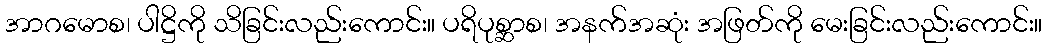
အာဂမောစ၊ ပါဋ္ဌိကို သိခြင်းလည်းကောင်း။ ပရိပုစ္ဆာစ၊ အနက်အဆုံး အဖြတ်ကို မေးခြင်းလည်းကောင်း။